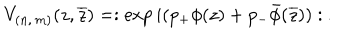
V _ { ( n , \, m ) } ( z , \overline { { { z } } } ) = : \exp i ( p _ { + } \phi ( z ) + p _ { - } \bar { \phi } ( \overline { { { z } } } ) ) : \: .